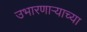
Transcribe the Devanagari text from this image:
उभारणार्‍याच्या